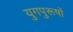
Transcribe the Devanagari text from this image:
युगपुरूषों